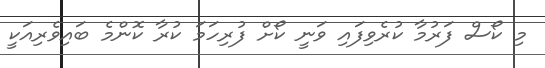
މި ކޯސް ފަރުމާ ކުރެވިފައި ވަނީ ކޯށް ފުރިހަމަ ކުރާ ކޮންމެ ބައިވެރިއަކީ